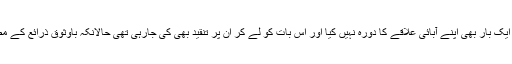
اس سارے حالات میں وزیر اعلیٰ پنجاب اس قدر مصروف رہے کہ انہوں نے ان کم و بیش 3 ماہ میں ایک بار بھی اپنے آبائی علاقے کا دورہ نہیں کیا اور اس بات کو لے کر ان پر تنقید بھی کی جارہی تھی حالانکہ باوثوق ذرائع کے مطابق ہر جمعہ کو وہ اپنے آبائی علاقے سے تشریف لائے ہوئے مہمانوں کے ساتھ ملاقات کرتے ہیں۔